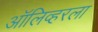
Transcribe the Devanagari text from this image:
ऑलिव्हरला